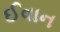
ઈવાન